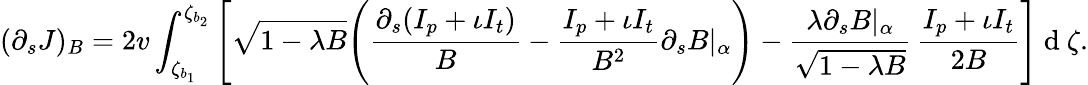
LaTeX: (\partial_{s}J)_{B}=2v\int_{\zeta_{b_{1}}}^{\zeta_{b_{2}}}\Bigg[\sqrt{1-\lambda B}\Bigg(\frac{\partial_{s}(I_{p}+\iota I_{t})}{B}-\frac{I_{p}+\iota I_{t}}{B^{2}}\partial_{s}B|_{\alpha}\Bigg)-\frac{\lambda\partial_{s}B|_{\alpha}}{\sqrt{1-\lambda B}}\, \frac{I_{p}+\iota I_{t}}{2B}\Bigg]\mathrm{~d~}\zeta.